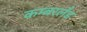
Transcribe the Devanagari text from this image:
कम्बरलँड